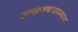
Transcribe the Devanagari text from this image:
उत्खननादरम्यान